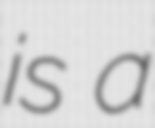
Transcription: is a